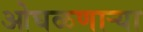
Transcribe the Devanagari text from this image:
ओघळणाऱ्या